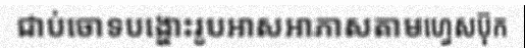
ជាប់ចោទបង្ហោះរូបអាសអាភាសតាមហ្វេសប៊ុក